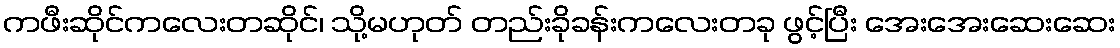
ကဖီးဆိုင်ကလေးတဆိုင်၊ သို့မဟုတ် တည်းခိုခန်းကလေးတခု ဖွင့်ပြီး အေးအေးဆေးဆေး